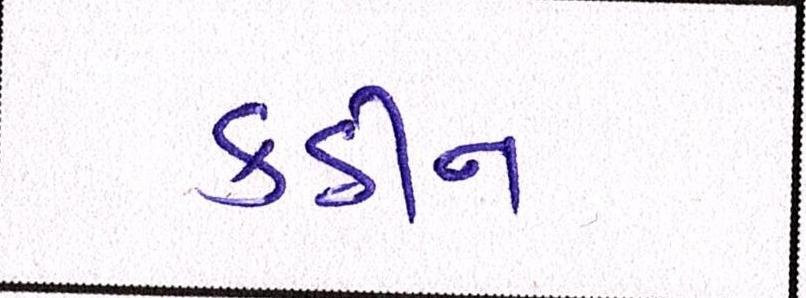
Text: કઠીન